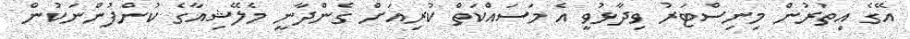
އޭގެ އިތުރުން މިނިސްޓަރު ވިދާޅުވީ އެ މަސައްކަތް ކުރިއަށް ގެންދާނީ މެލޭޝިއާގެ ކުންފުންނަކުން